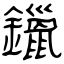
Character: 鑞